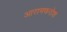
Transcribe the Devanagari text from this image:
आरामफरोश